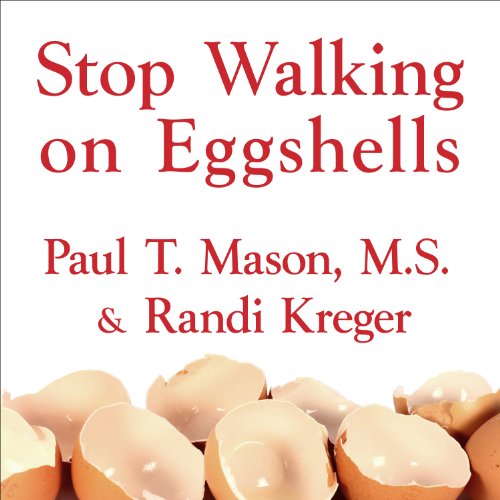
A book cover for Stop Walking on Eggshells: Taking Your Life Back When Someone You Care about Has Borderline Personality Disorder; Randi Kreger; Health, Fitness & Dieting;